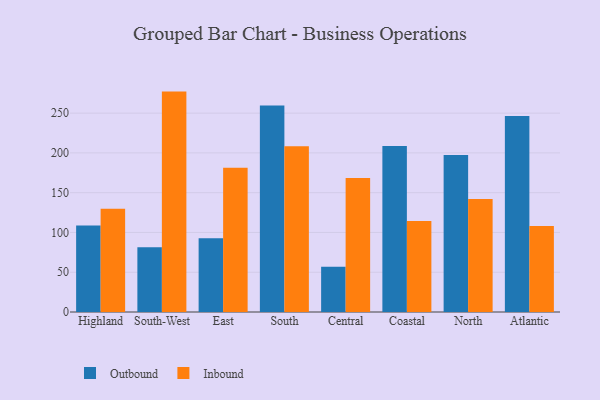
{"axis": {"x": "Region", "y": "Market Share (%)"}, "legend": ["Inbound", "Outbound"], "data": [{"x": "Highland", "y": 108.7, "type": "Outbound"}, {"x": "Highland", "y": 129.8, "type": "Inbound"}, {"x": "South-West", "y": 81.5, "type": "Outbound"}, {"x": "South-West", "y": 277.1, "type": "Inbound"}, {"x": "East", "y": 92.8, "type": "Outbound"}, {"x": "East", "y": 181.4, "type": "Inbound"}, {"x": "South", "y": 259.6, "type": "Outbound"}, {"x": "South", "y": 208.3, "type": "Inbound"}, {"x": "Central", "y": 56.8, "type": "Outbound"}, {"x": "Central", "y": 168.5, "type": "Inbound"}, {"x": "Coastal", "y": 208.8, "type": "Outbound"}, {"x": "Coastal", "y": 114.5, "type": "Inbound"}, {"x": "North", "y": 197.5, "type": "Outbound"}, {"x": "North", "y": 142.1, "type": "Inbound"}, {"x": "Atlantic", "y": 246.5, "type": "Outbound"}, {"x": "Atlantic", "y": 108.0, "type": "Inbound"}]}